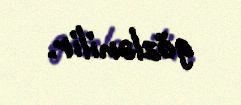
gözlənilir.